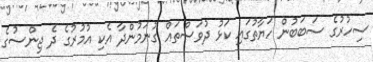
ސިހުރުގެ ސަބަބުން ހަޔާތުގައި ކަޅު ދުވަސްތައް ގުނަމުންދާ އެކި އުމުރުގެ ދެ ޖިންސުގެ